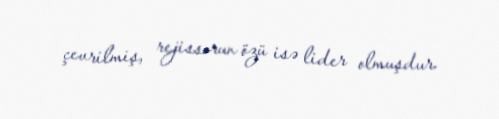
çevrilmiş, rejissorun özü isə lider olmuşdur.